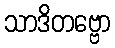
သာဒိတဗ္ဗော